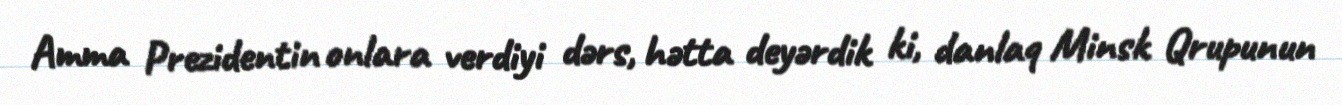
Amma Prezidentin onlara verdiyi dərs, hətta deyərdik ki, danlaq Minsk Qrupunun